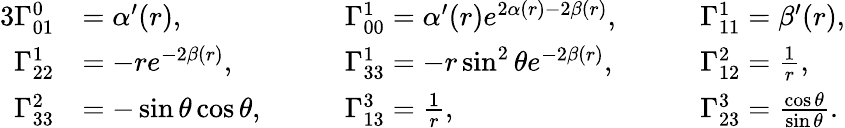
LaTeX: \begin{array}{rlrlrl}{{3}\Gamma_{01}^{0}}&{=\alpha^{\prime}(r),\quad}&&{\Gamma_{00}^{1}=\alpha^{\prime}(r)e^{2\alpha(r)-2\beta(r)},\quad}&&{\Gamma_{11}^{1}=\beta^{\prime}(r),}\\ {\Gamma_{22}^{1}}&{=-re^{-2\beta(r)},\quad}&&{\Gamma_{33}^{1}=-r\sin^{2}\theta e^{-2\beta(r)},\quad}&&{\Gamma_{12}^{2}=\frac{1}{r},}\\ {\Gamma_{33}^{2}}&{=-\sin\theta\cos\theta,\quad}&&{\Gamma_{13}^{3}=\frac{1}{r},\quad}&&{\Gamma_{23}^{3}=\frac{\cos\theta}{\sin\theta}.}\end{array}